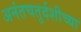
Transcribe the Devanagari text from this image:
अनंतचतुर्दशीच्या